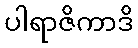
ပါရာဇိကာဒိ